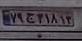
۷۹ج۴۱۸۱۳